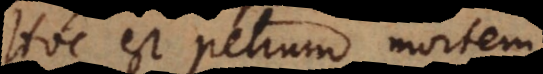
Hoc est Petrum, mortem